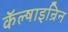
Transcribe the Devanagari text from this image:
कॅल्षाइन्रिन